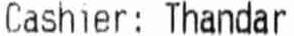
CASHIER: THANDAR